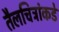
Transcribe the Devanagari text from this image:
तैलचित्रांकडे